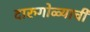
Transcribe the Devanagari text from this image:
दारुगोळ्याची